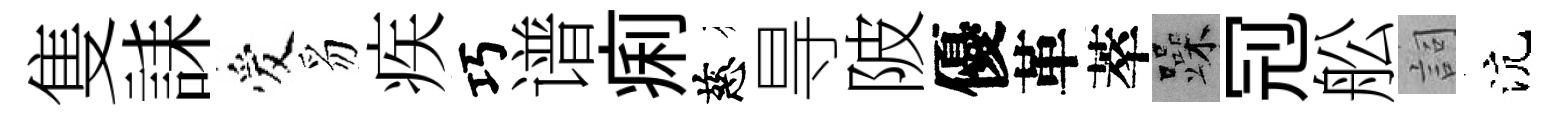
隻誄爱豸疾巧谱痢慈㝵陂優革萃躁𠜍舩詞沆